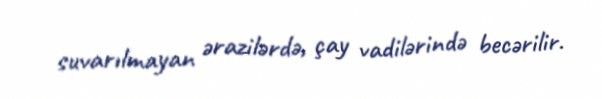
suvarılmayan ərazilərdə, çay vadilərində becərilir.